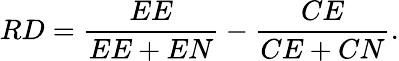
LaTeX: RD={\frac{EE}{EE+EN}}-{\frac{CE}{CE+CN}}.